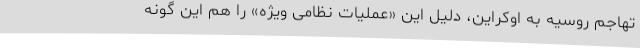
تهاجم روسیه به اوکراین، دلیل این «عملیات نظامی ویژه» را هم این گونه